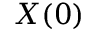
X ( 0 )